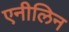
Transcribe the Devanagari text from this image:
एनीलिन